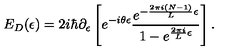
E _ { D } ( \epsilon ) = 2 i \hbar \partial _ { \epsilon } \left[ e ^ { - i \theta \epsilon } { \frac { e ^ { - { \frac { 2 \pi i ( N - 1 ) } { L } } \epsilon } } { 1 - e ^ { { \frac { 2 \pi i } { L } } \epsilon } } } \right] .